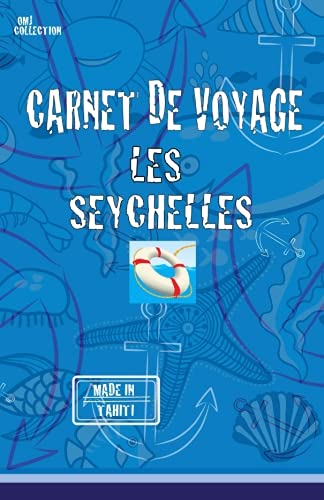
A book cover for LES SEYCHELLES. Carnet de voyage: Agenda de voyage. Journal de bord prÃ©-imprimÃ©: activitÃ©s, sport, shopping, hÃ´tel, transport road trip. (Carnets de voyage) (French Edition); o m j; Travel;